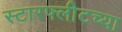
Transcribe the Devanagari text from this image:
स्टारफ्लीटच्या